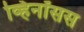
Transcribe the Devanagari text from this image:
व्हिनॉसस